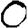
Digit: 0